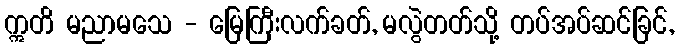
ဣတိ မညာမသေ - မြေကြီးလက်ခတ်, မလွဲတတ်သို့ တပ်အပ်ဆင်ခြင်,